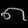
Digit: ၈